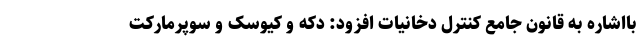
بااشاره به قانون جامع کنترل دخانیات افزود: دکه و کیوسک و سوپرمارکت